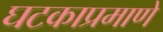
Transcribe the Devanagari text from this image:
घटकाप्रमाणे